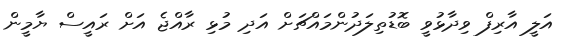
އަލީ އާރިފް ވިދާޅުވީ ބޮޑުތިލަދުންމައްޗަށް އަދި މުޅި ރާއްޖެ އަށް ރައީސް ޔާމީން